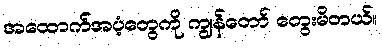
အထောက်အပံ့တွေကို ကျွန်တော် တွေးမိတယ်။